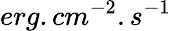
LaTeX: erg.cm^{-2}.s^{-1}